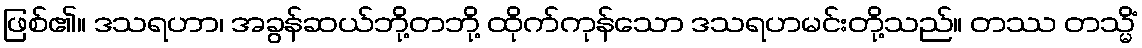
ဖြစ်၏။ ဒသရဟာ၊ အခွန်ဆယ်ဘို့တဘို့ ထိုက်ကုန်သော ဒသရဟမင်းတို့သည်။ တဿ တသ္မိံ